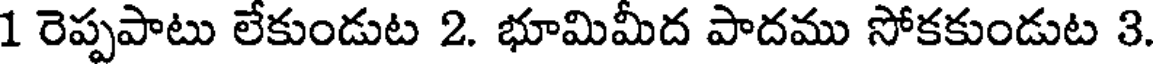
1 రెప్పపాటు లేకుండుట 2. భూమిమీద పాదము సోకకుండుట 3.